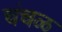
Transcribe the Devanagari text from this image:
चंचळ